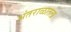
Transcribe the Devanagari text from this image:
अंतराळातला